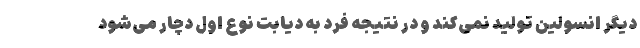
دیگر انسولین تولید نمی‌کند و در نتیجه فرد به دیابت نوع اول دچار می‌شود